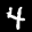
Label: 4